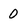
Character: 0